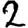
Digit: 2